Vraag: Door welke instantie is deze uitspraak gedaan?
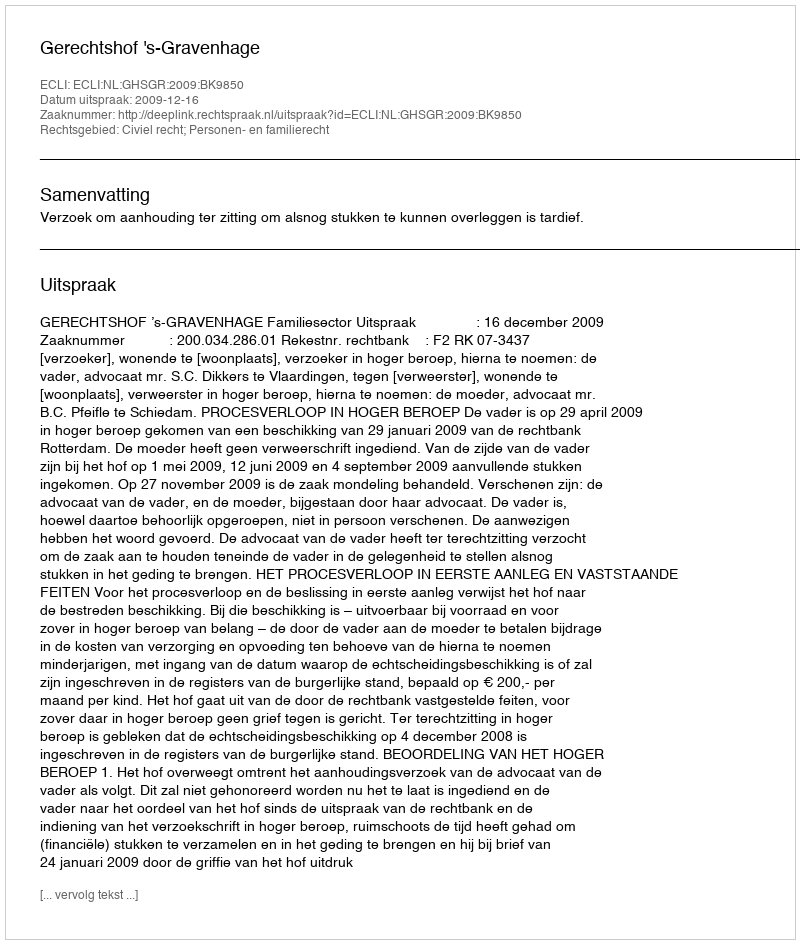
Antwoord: Gerechtshof 's-Gravenhage